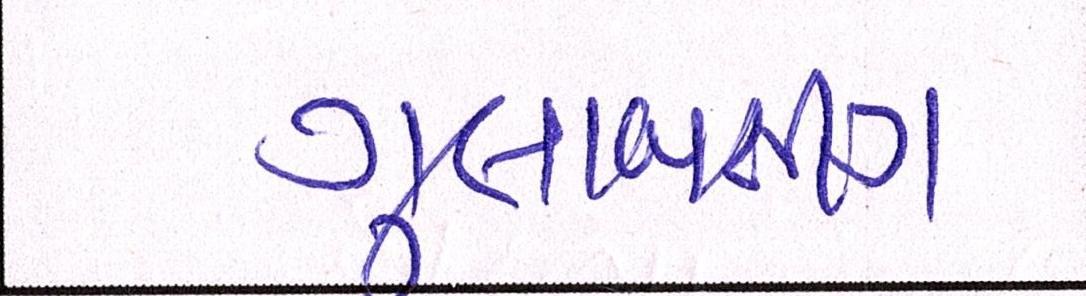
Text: ગુલાબસીંગ